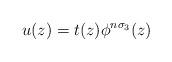
LaTeX: \begin{gather*}u(z) = t(z) \phi^{n \sigma_3}(z)\end{gather*}